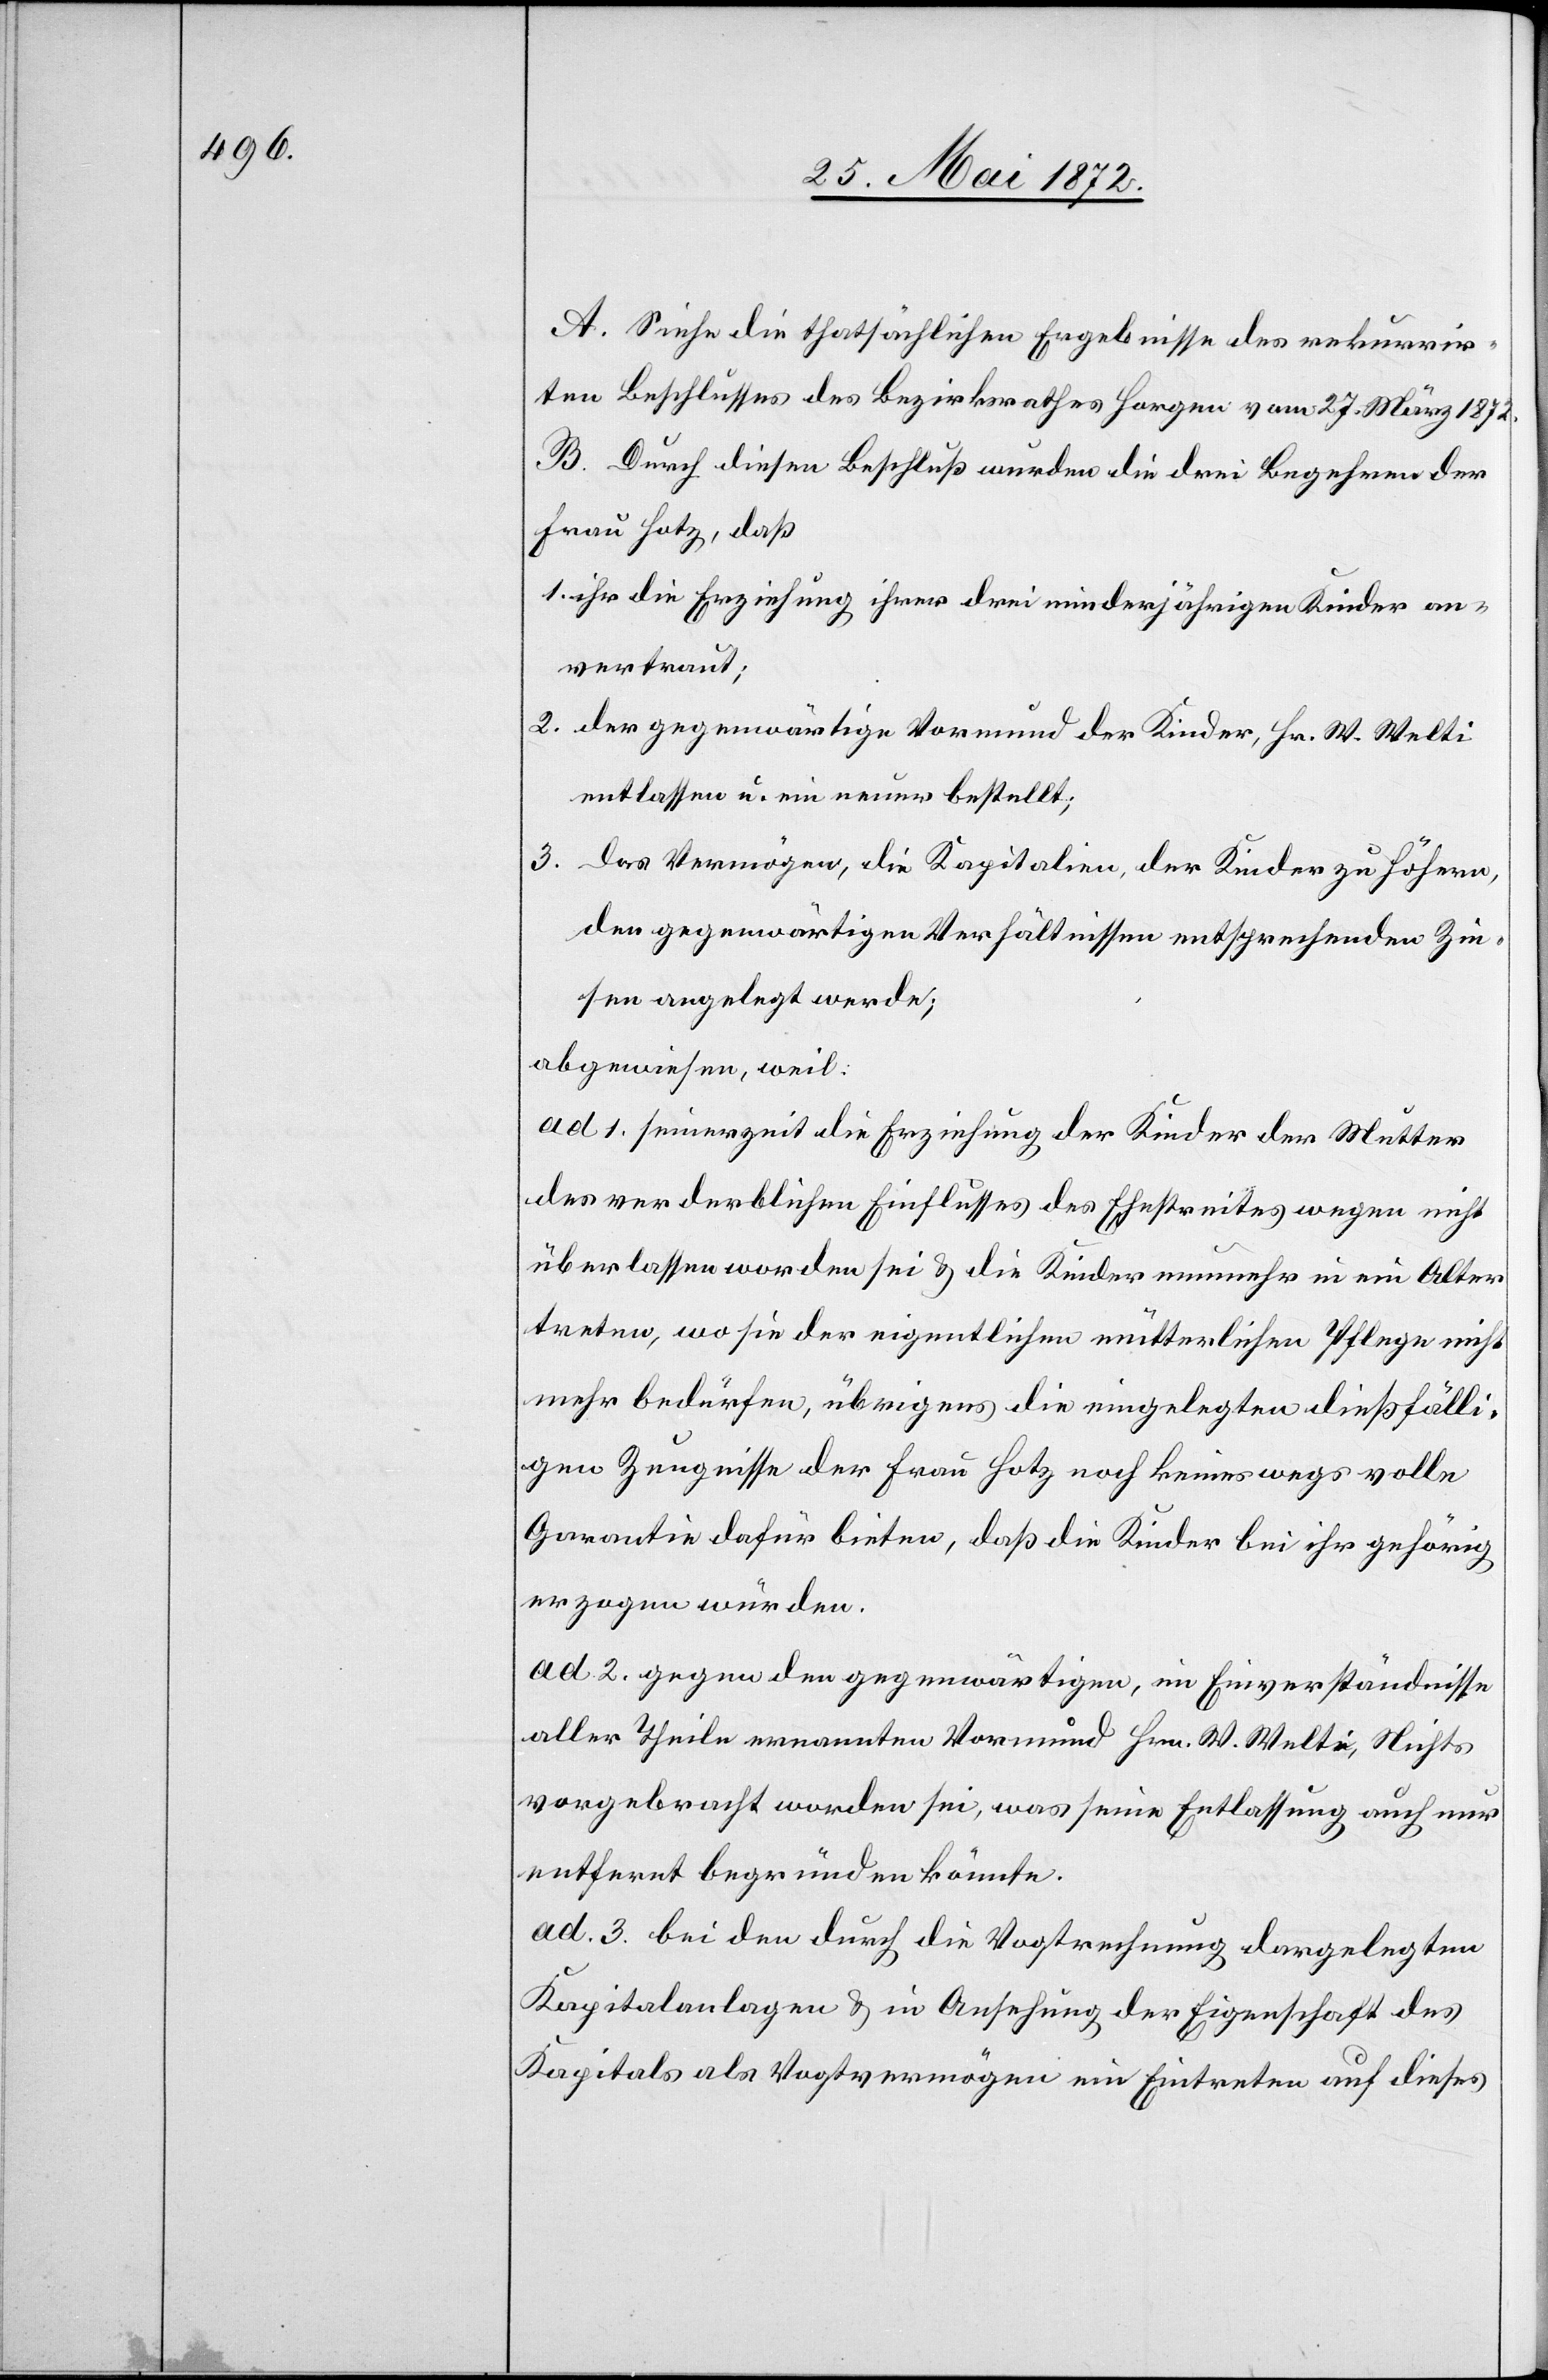
A. Siehe die thatsächlichen Ergebnisse des rekurrir¬
ten Beschlusses des Bezirksrathes Horgen vom 27. März 1872.
B. Durch diesen Beschluß wurden die drei Begehren der
Frau Hotz, daß
1. ihr die Erziehung ihrer drei minderjährigen Kinder an¬
vertraut;
2. der gegenwärtige Vormund der Kinder, Hr. W. Welti
entlassen u. ein neuer bestellt;
3. das Vermögen, die Kapitalien, der Kinder zu höhern,
den gegenwärtigen Verhältnissen entsprechenden Zin¬
sen angelegt werde;
abgewiesen, weil:
ad 1. seinerzeit die Erziehung der Kinder der Mutter
des verderblichen Einflusses des Ehestreites wegen nicht
überlassen worden sei u. die Kinder nunmehr in ein Alter
treten, wo sie der eigentlichen mütterlichen Pflege nicht
mehr bedürfen, übrigens die eingelegten dießfälli¬
gen Zeugnisse der Frau Hotz noch keineswegs volle
Garantie dafür bieten, daß die Kinder bei ihr gehörig
erzogen würden.
ad 2. gegen den gegenwärtigen, im Einverständnisse
aller Theile ernannten Vormund Hrn. W. Welti, Nichts
vorgebracht worden sei, was seine Entlassung auch nur
entfernt begründen könnte.
ad 3. bei den durch die Vogtrechnung dargelegten
Kapitalanlagen u. in Ansehung der Eigenschaft des
Kapitals als Vogtvermögen ein Eintreten auf dieses